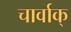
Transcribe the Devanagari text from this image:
चार्वाक्